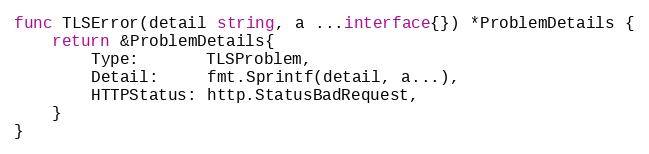
Language: Go
func TLSError(detail string, a ...interface{}) *ProblemDetails {
	return &ProblemDetails{
		Type:       TLSProblem,
		Detail:     fmt.Sprintf(detail, a...),
		HTTPStatus: http.StatusBadRequest,
	}
}